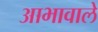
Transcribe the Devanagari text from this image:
आभावाले